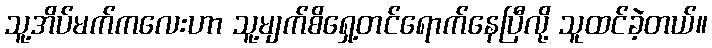
သူ့အိပ်မက်ကလေးဟာ သူ့မျက်စိရှေ့တင်ရောက်နေပြီလို့ သူထင်ခဲ့တယ်။